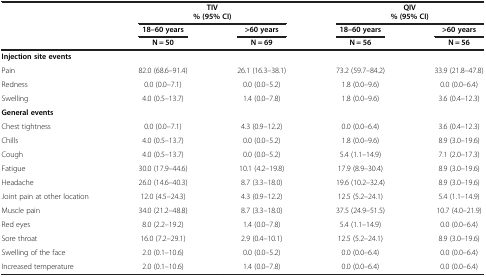
<table><thead><tr><td rowspan="2"><b> </b></td><td colspan="2"><b>TIV</b></td><td colspan="2"><b>QIV</b></td></tr><tr><td colspan="2"><b>% (95% CI)</b></td><td colspan="2"><b>% (95% CI)</b></td></tr><tr><td rowspan="2"><b> </b></td><td><b>18–60 years</b></td><td><b>&gt;60 years</b></td><td><b>18–60 years</b></td><td><b>&gt;60 years</b></td></tr><tr><td><b>N = 50</b></td><td><b>N = 69</b></td><td><b>N = 56</b></td><td><b>N = 56</b></td></tr></thead><tbody><tr><td><b>Injection site events</b></td><td> </td><td> </td><td> </td><td> </td></tr><tr><td>Pain</td><td>82.0 (68.6–91.4)</td><td>26.1 (16.3–38.1)</td><td>73.2 (59.7–84.2)</td><td>33.9 (21.8–47.8)</td></tr><tr><td>Redness</td><td>0.0 (0.0–7.1)</td><td>0.0 (0.0–5.2)</td><td>1.8 (0.0–9.6)</td><td>0.0 (0.0–6.4)</td></tr><tr><td>Swelling</td><td>4.0 (0.5–13.7)</td><td>1.4 (0.0–7.8)</td><td>1.8 (0.0–9.6)</td><td>3.6 (0.4–12.3)</td></tr><tr><td><b>General events</b></td><td> </td><td> </td><td> </td><td> </td></tr><tr><td>Chest tightness</td><td>0.0 (0.0–7.1)</td><td>4.3 (0.9–12.2)</td><td>0.0 (0.0–6.4)</td><td>3.6 (0.4–12.3)</td></tr><tr><td>Chills</td><td>4.0 (0.5–13.7)</td><td>0.0 (0.0–5.2)</td><td>1.8 (0.0–9.6)</td><td>8.9 (3.0–19.6)</td></tr><tr><td>Cough</td><td>4.0 (0.5–13.7)</td><td>0.0 (0.0–5.2)</td><td>5.4 (1.1–14.9)</td><td>7.1 (2.0–17.3)</td></tr><tr><td>Fatigue</td><td>30.0 (17.9–44.6)</td><td>10.1 (4.2–19.8)</td><td>17.9 (8.9–30.4)</td><td>8.9 (3.0–19.6)</td></tr><tr><td>Headache</td><td>26.0 (14.6–40.3)</td><td>8.7 (3.3–18.0)</td><td>19.6 (10.2–32.4)</td><td>8.9 (3.0–19.6)</td></tr><tr><td>Joint pain at other location</td><td>12.0 (4.5–24.3)</td><td>4.3 (0.9–12.2)</td><td>12.5 (5.2–24.1)</td><td>5.4 (1.1–14.9)</td></tr><tr><td>Muscle pain</td><td>34.0 (21.2–48.8)</td><td>8.7 (3.3–18.0)</td><td>37.5 (24.9–51.5)</td><td>10.7 (4.0–21.9)</td></tr><tr><td>Red eyes</td><td>8.0 (2.2–19.2)</td><td>1.4 (0.0–7.8)</td><td>5.4 (1.1–14.9)</td><td>0.0 (0.0–6.4)</td></tr><tr><td>Sore throat</td><td>16.0 (7.2–29.1)</td><td>2.9 (0.4–10.1)</td><td>12.5 (5.2–24.1)</td><td>8.9 (3.0–19.6)</td></tr><tr><td>Swelling of the face</td><td>2.0 (0.1–10.6)</td><td>0.0 (0.0–5.2)</td><td>0.0 (0.0–6.4)</td><td>0.0 (0.0–6.4)</td></tr><tr><td>Increased temperature</td><td>2.0 (0.1–10.6)</td><td>1.4 (0.0–7.8)</td><td>0.0 (0.0–6.4)</td><td>0.0 (0.0–6.4)</td></tr></tbody></table>